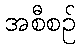
အစီစဉ်